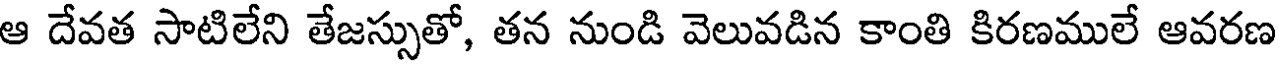
ఆ దేవత సాటిలేని తేజస్సుతో, తన నుండి వెలువడిన కాంతి కిరణములే ఆవరణ